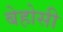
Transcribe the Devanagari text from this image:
बेहोसी